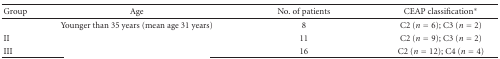
<table><thead><tr><td><b>Group</b></td><td><b>Age</b></td><td><b>No. of patients</b></td><td><b>CEAP classification*</b></td></tr></thead><tbody><tr><td>[EMPTY_CELL]</td><td>Younger than 35 years (mean age 31 years)</td><td>8</td><td>C2 (<i>n</i> = 6); C3 (<i>n</i> = 2)</td></tr><tr><td>II</td><td>[EMPTY_CELL]</td><td>11</td><td>C2 (<i>n</i> = 9); C3 (<i>n</i> = 2)</td></tr><tr><td>III</td><td>[EMPTY_CELL]</td><td>16</td><td>C2 (<i>n</i> = 12); C4 (<i>n</i> = 4)</td></tr></tbody></table>